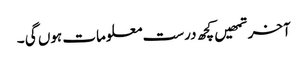
آخر تمھیں کچھ درست معلومات ہوں گی ۔